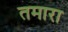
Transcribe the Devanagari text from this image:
तमारा